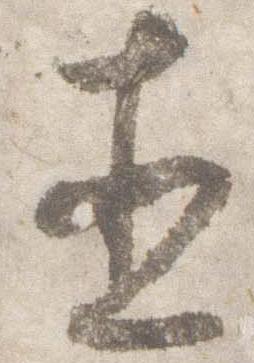
直